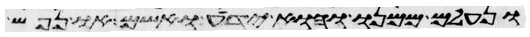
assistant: ונעלם ממנו והוא ידע ואשם ונפש